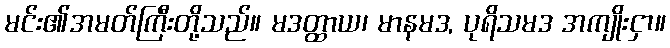
မင်း၏အမတ်ကြီးတို့သည်။ မဒတ္ထာယ၊ မာနမဒ, ပုရိသမဒ အကျိုးငှာ။